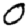
Digit: 0